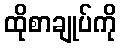
ထိုစာချုပ်ကို